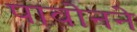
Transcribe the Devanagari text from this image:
पावोनने